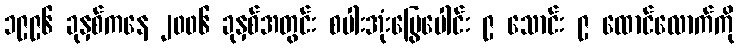
၁၉၉၆ ခုနှစ်ကနေ ၂၀၀၆ ခုနှစ်အတွင်း စပါးအုံးမြွေပေါင်း ၉ သောင်း ၉ ထောင်လောက်ကို